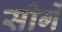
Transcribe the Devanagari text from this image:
सीगें